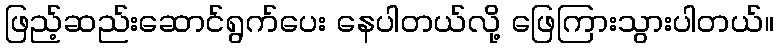
ဖြည့်ဆည်းဆောင်ရွက်ပေး နေပါတယ်လို့ ဖြေကြားသွားပါတယ်။